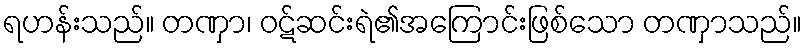
ရဟန်းသည်။ တဏှာ၊ ဝဋ်ဆင်းရဲ၏အကြောင်းဖြစ်သော တဏှာသည်။